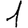
Digit: 1